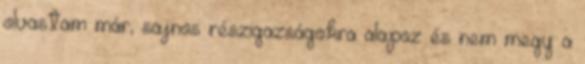
olvastam már, sajnos részigazságokra alapoz és nem megy a